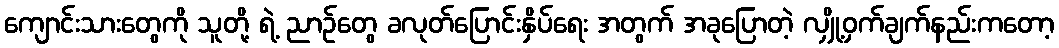
ကျောင်းသားတွေကို သူတို့ ရဲ့ ညာဉ်တွေ ခလုတ်ပြောင်းနှိပ်ရေး အတွက် အခုပြောတဲ့ လျှို့ဝှက်ချက်နည်းကတော့